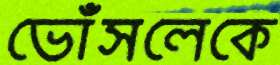
ভোঁসলেকে